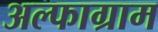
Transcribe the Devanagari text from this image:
अल्फाग्राम